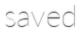
saved